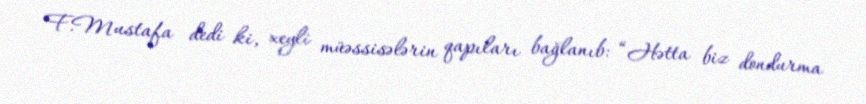
F.Mustafa dedi ki, xeyli müəssisələrin qapıları bağlanıb: “Hətta biz dondurma